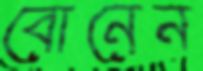
বোনেন